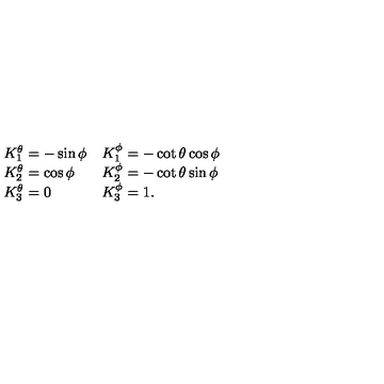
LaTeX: \begin{array} { l l } { K _ { 1 } ^ { \theta } = - \sin \phi } & { K _ { 1 } ^ { \phi } = - \cot \theta \cos \phi } \\ { K _ { 2 } ^ { \theta } = \cos \phi } & { K _ { 2 } ^ { \phi } = - \cot \theta \sin \phi } \\ { K _ { 3 } ^ { \theta } = 0 } & { K _ { 3 } ^ { \phi } = 1 . } \\ \end{array}